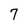
Character: 7